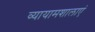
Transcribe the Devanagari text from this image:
व्यायामशालाएं